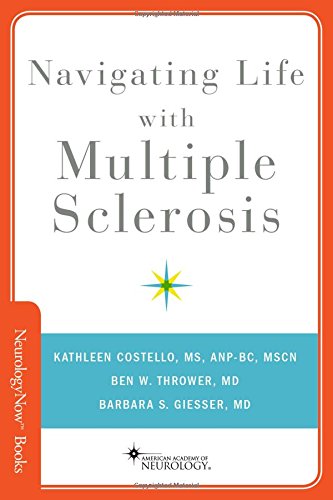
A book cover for Navigating Life with Multiple Sclerosis (Neurology Now Books); Kathleen Costello; Health, Fitness & Dieting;